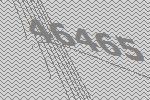
46465